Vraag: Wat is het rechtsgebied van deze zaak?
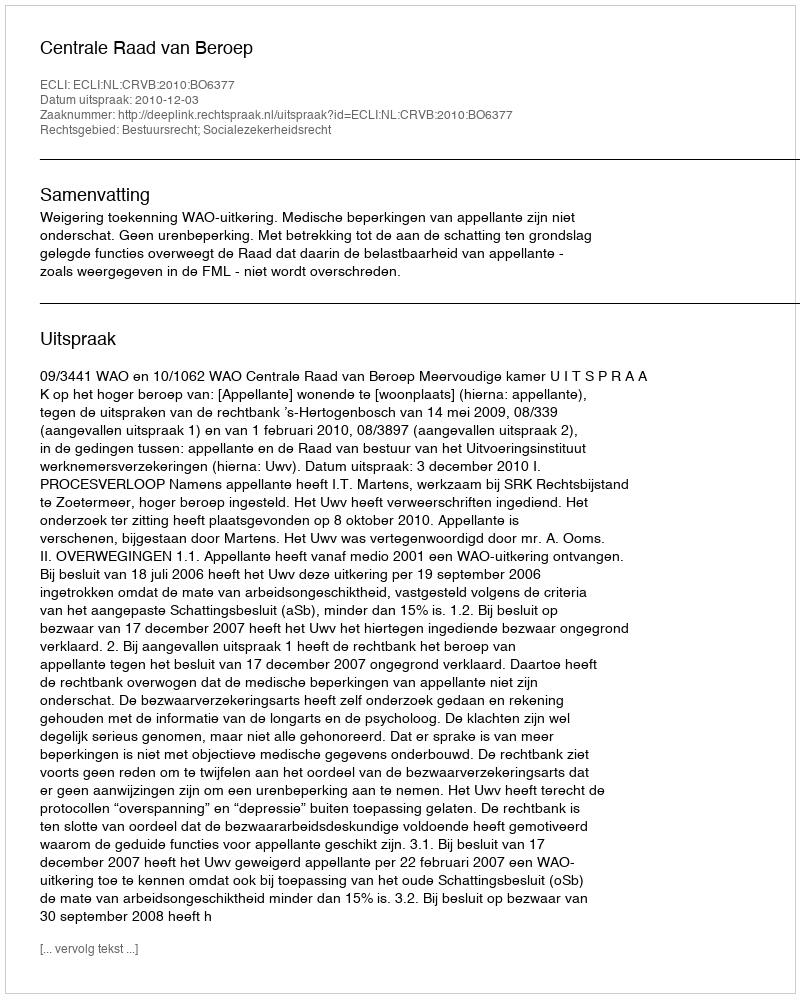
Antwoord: Bestuursrecht; Socialezekerheidsrecht